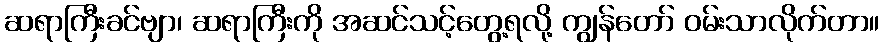
ဆရာကြီးခင်ဗျာ၊ ဆရာကြီးကို အဆင်သင့်တွေ့ရလို့ ကျွန်တော် ဝမ်းသာလိုက်တာ။